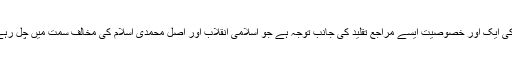
سلام کی ایک اور خصوصیت ایسے مراجع تقلید کی جانب توجہ ہے جو اسلامی انقلاب اور اصل محمدی اسلام کی مخالف سمت میں چل رہے ہیں۔